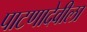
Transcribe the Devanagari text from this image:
पाटणादेवीला